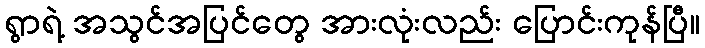
ရွာရဲ့ အသွင်အပြင်တွေ အားလုံးလည်း ပြောင်းကုန်ပြီ။